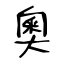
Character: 奧